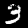
Digit: 3